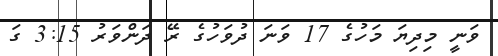
ވަނީ މިދިޔަ މަހުގެ 17 ވަނަ ދުވަހުގެ ރޭ ދަންވަރު 3:15 ގަ